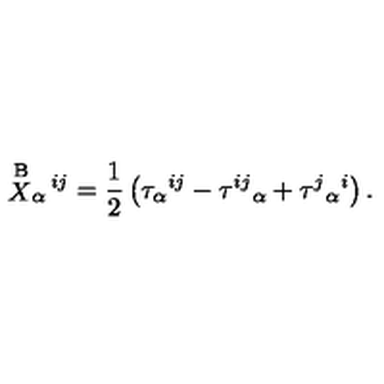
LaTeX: \stackrel { \mathrm { B } } { X } _ { \alpha } { } ^ { \! i j } = \frac { 1 } { 2 } \left( \tau _ { \alpha } { } ^ { i j } - \tau ^ { i j } { } _ { \alpha } + \tau ^ { j } { } _ { \alpha } { } ^ { i } \right) .